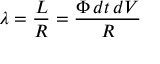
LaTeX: \lambda = { \frac { L } { R } } = { \frac { \Phi \, d t \, d V } { R } }